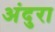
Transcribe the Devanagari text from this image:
अंदुरा